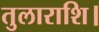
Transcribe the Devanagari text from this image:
तुलाराशि।